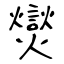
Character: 爕